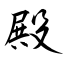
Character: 殿